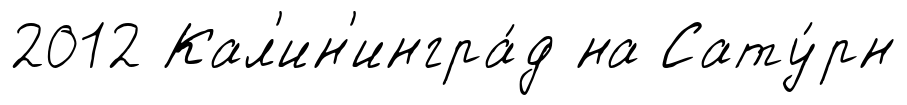
2012 Кал'ин'ингра́д на Сату́рн